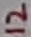
Text: 12